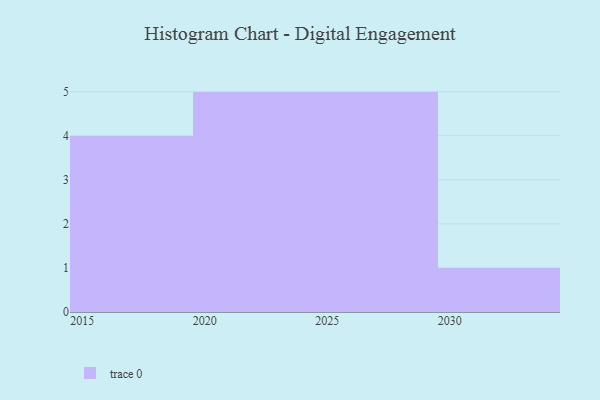
{"axis": {"x": "Year", "y": "Net Income (USD K)"}, "legend": [""], "data": [{"x": "2017", "y": 39, "type": ""}, {"x": "2023", "y": 15, "type": ""}, {"x": "2030", "y": 18, "type": ""}, {"x": "2025", "y": 45, "type": ""}, {"x": "2015", "y": 93, "type": ""}, {"x": "2020", "y": 81, "type": ""}, {"x": "2026", "y": 67, "type": ""}, {"x": "2027", "y": 94, "type": ""}, {"x": "2028", "y": 49, "type": ""}, {"x": "2029", "y": 70, "type": ""}, {"x": "2022", "y": 11, "type": ""}, {"x": "2021", "y": 65, "type": ""}, {"x": "2018", "y": 92, "type": ""}, {"x": "2016", "y": 69, "type": ""}, {"x": "2024", "y": 93, "type": ""}]}